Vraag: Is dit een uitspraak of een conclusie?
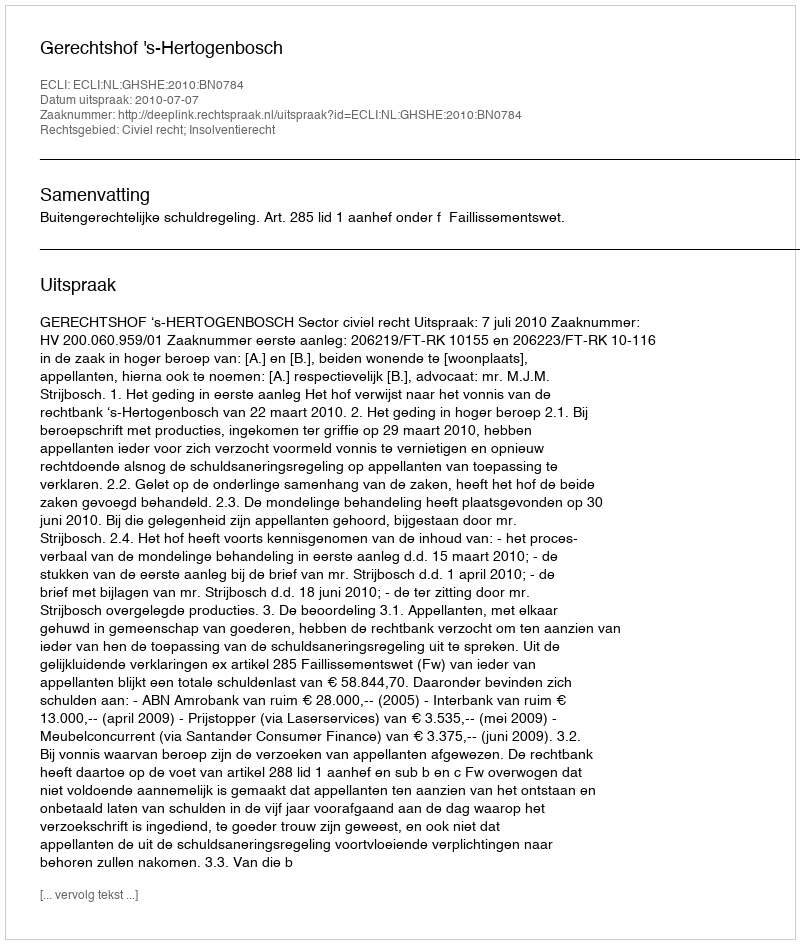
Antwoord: Uitspraak